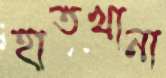
হাতখানা